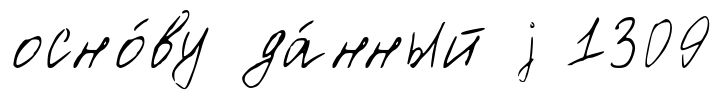
осно́ву да́нный j 1309